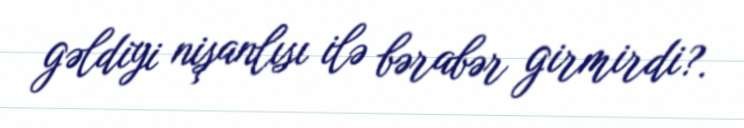
gəldiyi nişanlısı ilə bərabər girmirdi?.